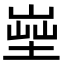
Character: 𡎨